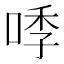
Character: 𭈛